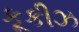
કૂકીઝ